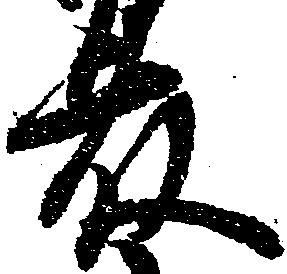
藤